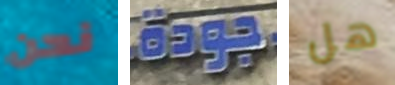
نحن جودة هل